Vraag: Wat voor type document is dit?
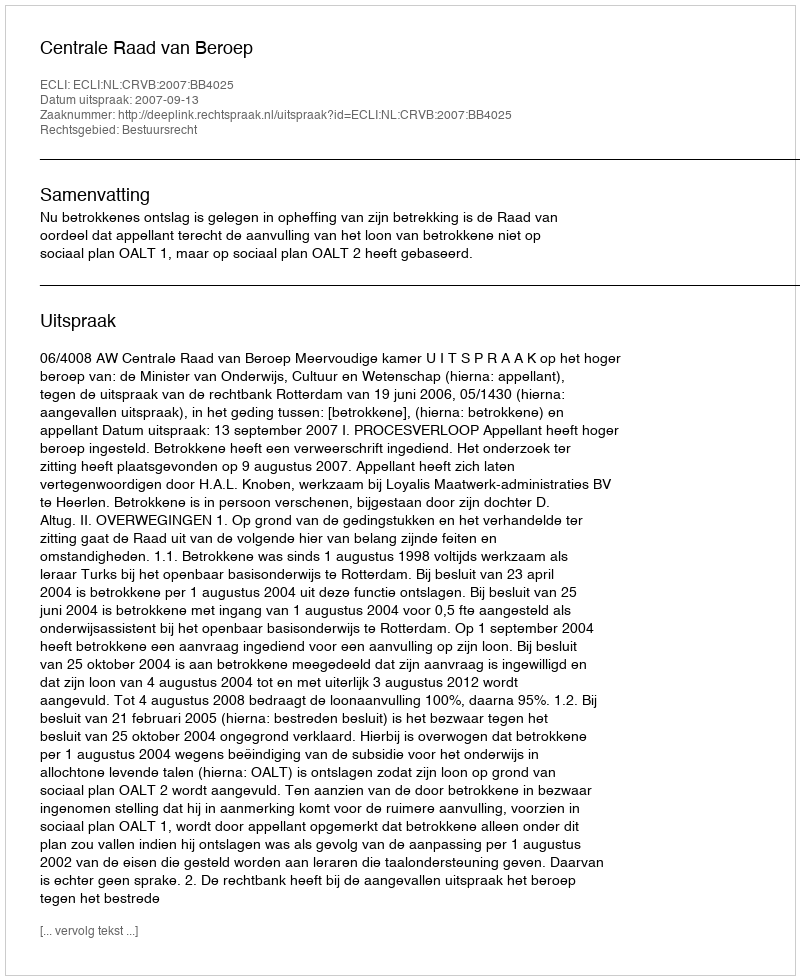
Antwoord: Uitspraak